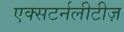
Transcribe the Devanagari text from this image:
एक्सटर्नलीटीज़